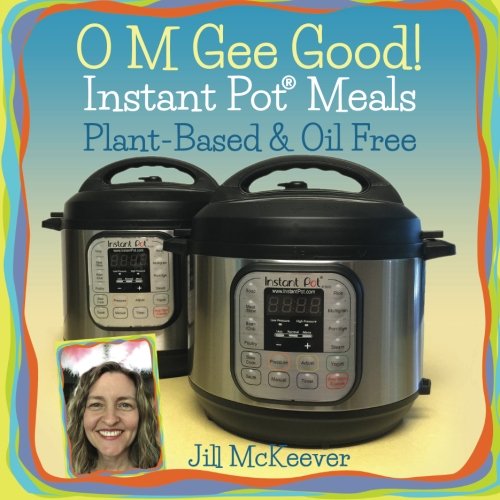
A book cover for O M Gee Good! Instant Pot Meals, Plant-Based & Oil-free; Jill McKeever; Cookbooks, Food & Wine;